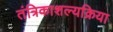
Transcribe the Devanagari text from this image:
तंत्रिकाशल्यक्रिया